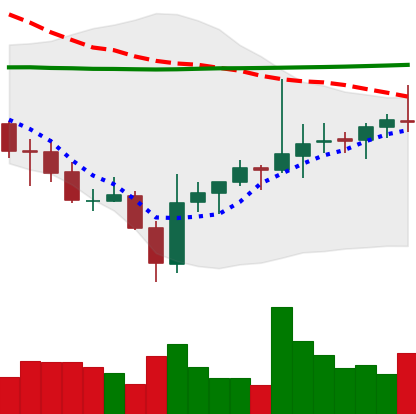
Ticker: ADA-USD
Chart end date: 2021-08-01
Forward return: 6.379%
Label: up_5_7